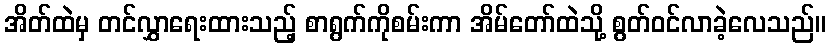
အိတ်ထဲမှ တင်လွှာရေးထားသည့် စာရွက်ကိုစမ်းကာ အိမ်တော်ထဲသို့ စွတ်ဝင်လာခဲ့လေသည်။